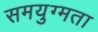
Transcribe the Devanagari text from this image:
समयुग्मता